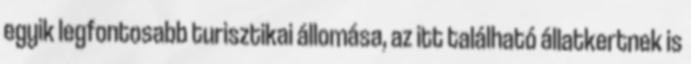
egyik legfontosabb turisztikai állomása, az itt található állatkertnek is